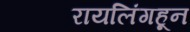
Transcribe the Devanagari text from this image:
रायलिंगहून